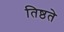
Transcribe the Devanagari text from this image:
तिष्ठते